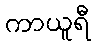
ကာယူရီ